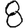
Digit: 8